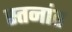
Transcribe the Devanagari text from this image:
स्तनांत